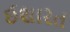
ઈશારત